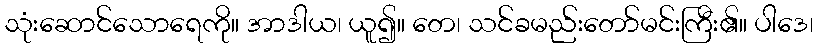
သုံးဆောင်သောရေကို။ အာဒါယ၊ ယူ၍။ တေ၊ သင်ခမည်းတော်မင်းကြီး၏။ ပါဒေ၊